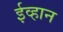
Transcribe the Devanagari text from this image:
ईव्हान